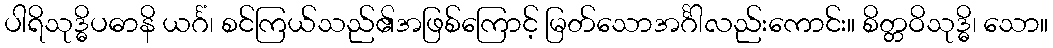
ပါရိသုဒ္ဓိပဓာနိ ယင်္ဂံ၊ စင်ကြယ်သည်၏အဖြစ်ကြောင့် မြတ်သောအင်္ဂါလည်းကောင်း။ စိတ္တဝိသုဒ္ဓိ၊ သော။